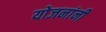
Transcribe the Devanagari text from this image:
योजनांनी